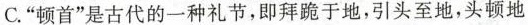
C. “顿首”是古代的一种礼节，即拜跪于地，引头至地，头顿地